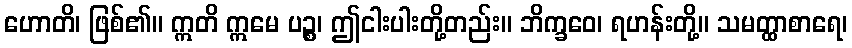
ဟောတိ၊ ဖြစ်၏။ ဣတိ ဣမေ ပဉ္စ၊ ဤငါးပါးတို့တည်း။ ဘိက္ခဝေ၊ ရဟန်းတို့။ သမတ္ထာစာရေ၊